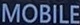
MOBILE